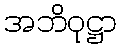
အဘိဝုဋ္ဌာ